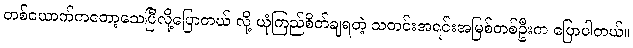
တစ်ယောက်ကတော့သေပြီလို့ပြောတယ် လို့ ယုံကြည်စိတ်ချရတဲ့ သတင်းအရင်းအမြစ်တစ်ဦးက ပြောပါတယ်။